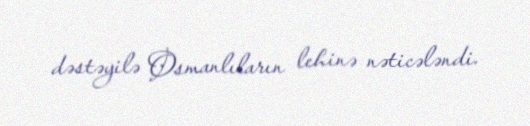
dəstəyilə Osmanlıların lehinə nəticələndi.